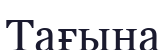
Тағына